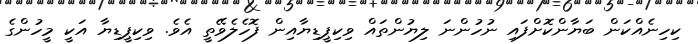
ކިހިނެއްކަން ބަޔާންކޮށްފައި ނުހުންނަ ލިޔުންތައް ވިކިޕީޑިޔާއިން ފޮހެލެވޭތީ އެވެ. ވިކިޕީޑިޔާ އަކީ މީހުންގެ